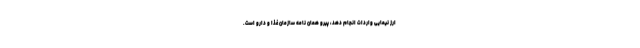
ارز نیمایی واردات انجام دهد، پیرو همان نامه سازمان غذا و دارو است.